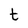
Character: t